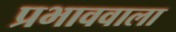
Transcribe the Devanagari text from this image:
प्रभाववाला